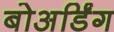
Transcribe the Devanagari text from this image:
बोअर्डिंग